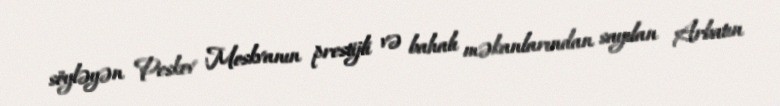
söyləyən Peskov Moskvanın prestijli və bahalı məkanlarından sayılan Arbatın